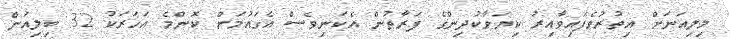
މިލިއަނަށް އިތުރުވެފައިވާއިރު ކިޔަވާކުދިންގެ ފަރާތުން އެކަނިވެސް އެގައުމަށް ކޮންމެ އަހަރަކު 32 ބިލިއަން